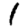
Digit: 1